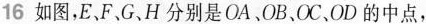
16 如图，E、F、G、H分别是OA、OB、OC、OD的中点，